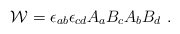
\begin{align*}{\cal W}=\epsilon_{ab}\epsilon_{cd} A_a B_c A_b B_d~.\end{align*}